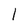
Character: l